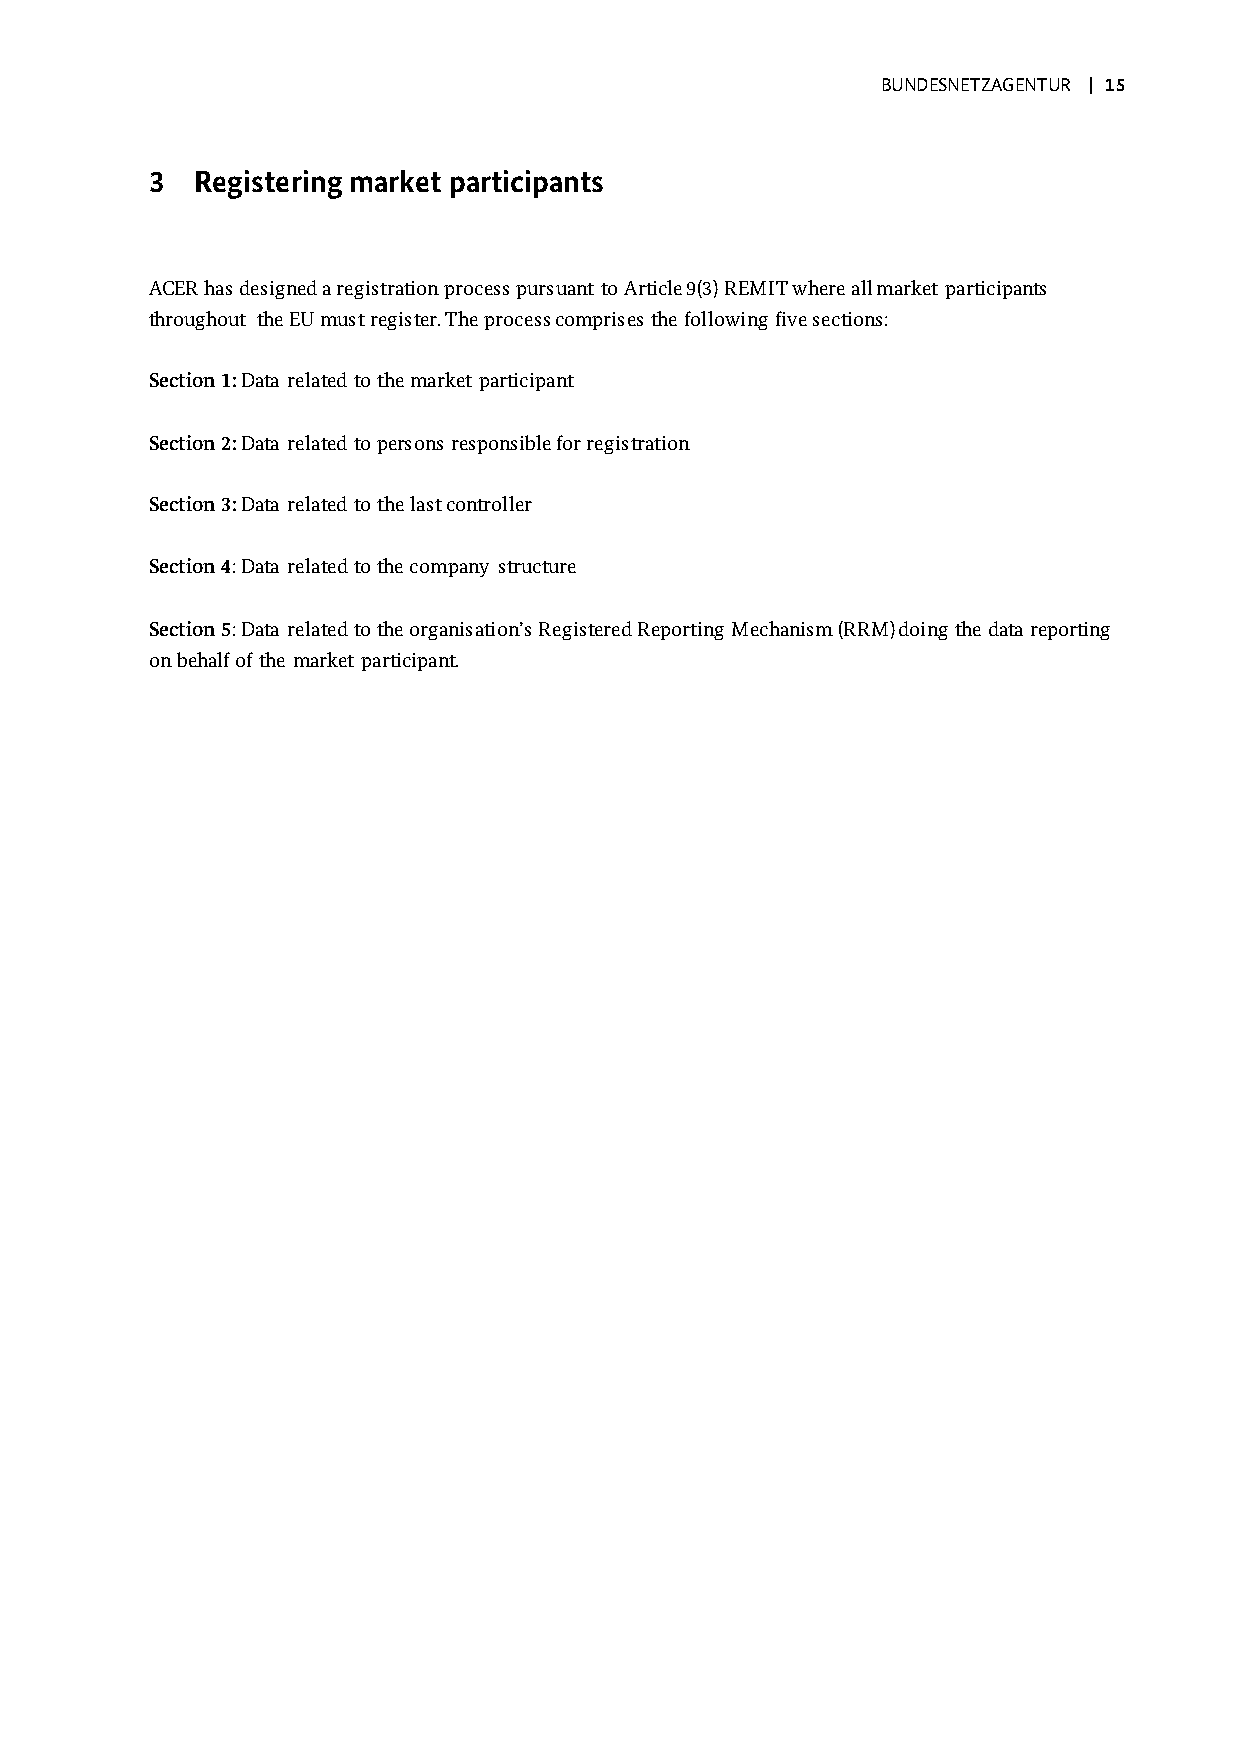
BUNDESNETZAGENTUR | 15
 3  Registering market participants
 ACER has designed a registration process pursuant to Article 9(3) REMIT where all market participants
 throughout the EU must register. The process comprises the following five sections:
 Section 1: Data related to the market participant
 Section 2: Data related to persons responsible for registration
 Section 3: Data related to the last controller
 Section 4: Data related to the company structure
 Section 5: Data related to the organisation’s Registered Reporting Mechanism (RRM) doing the data reporting
 on behalf of the market participant.